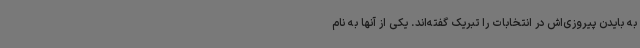
به بایدن پیروزی‌اش در انتخابات را تبریک گفته‌اند. یکی از آنها به نام